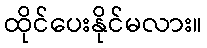
ထိုင်ပေးနိုင်မလား။